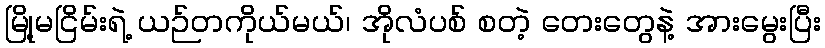
မြို့မငြိမ်းရဲ့ ယဉ်တကိုယ်မယ်၊ အိုလံပစ် စတဲ့ တေးတွေနဲ့ အားမွေးပြီး